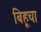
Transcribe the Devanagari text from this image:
बिहूचा